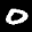
Label: 0